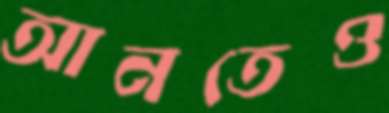
আনতেও